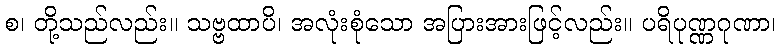
စ၊ တို့သည်လည်း။ သဗ္ဗထာပိ၊ အလုံးစုံသော အပြားအားဖြင့်လည်း။ ပရိပုဏ္ဏဂုဏာ၊